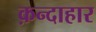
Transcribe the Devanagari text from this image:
क़न्दाहार